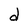
Character: d